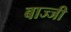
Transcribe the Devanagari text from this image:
बाज्जी